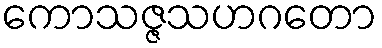
ကောသဇ္ဇသဟဂတော